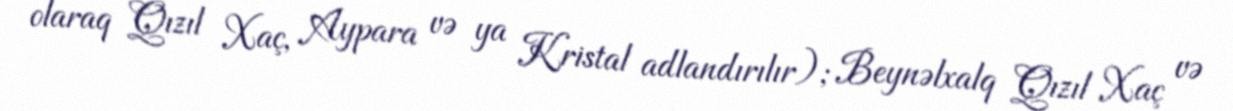
olaraq Qızıl Xaç, Aypara və ya Kristal adlandırılır); Beynəlxalq Qızıl Xaç və